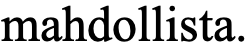
mahdollista.